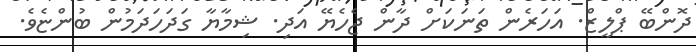
ދޮންބޭ ޕްލީޒް. އަހަރެން ތަނަކަށް ދާން ޖެހެޔޭ އަދި. ޝިމާޔާ ގަދަހަދަމުން ބުންޏެވެ.